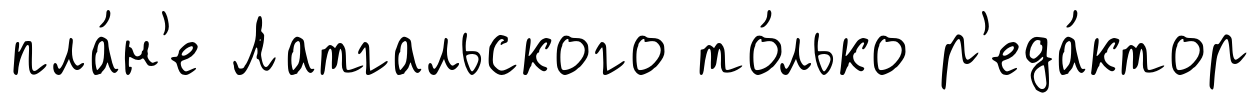
пла́н'е Латгальского то́лько р'еда́ктор